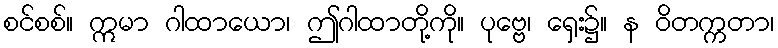
စင်စစ်။ ဣမာ ဂါထာယော၊ ဤဂါထာတို့ကို။ ပုဗ္ဗေ၊ ရှေး၌။ န ဝိတက္ကတာ၊